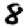
Digit: 8